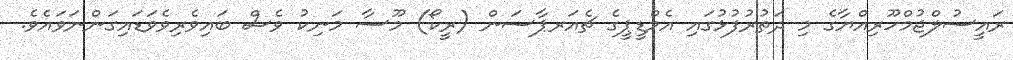
ރައީސުލްޖުމްހޫރިއްޔާގެ މި ދަތުރުފުޅުގައި އެމްޑީޕީގެ ޗެއަރޕާސަން (ރީކޯ) މޫސާ މަނިކު ވެސް ބައިވެރިވެވަޑައިގަންނަވައެވެ.